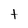
Character: t